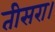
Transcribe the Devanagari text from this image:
तीसरा।